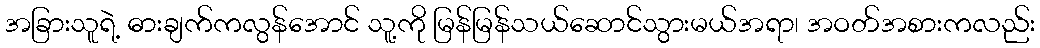
အခြားသူရဲ့ ဓားချက်ကလွန်အောင် သူ့ကို မြန်မြန်သယ်ဆောင်သွားမယ်အရာ၊ အဝတ်အစားကလည်း